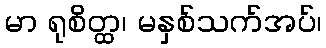
မာ ရုစိတ္ထ၊ မနှစ်သက်အပ်၊